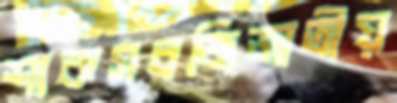
শাকসবজিজাতীয়